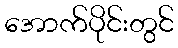
အောက်ပိုင်းတွင်